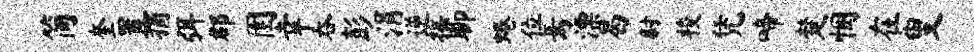
简奎置摘弭郡圉幸吞彭涓逆摇聊蜷位焉漂曷尉梭凭啼楚悃在叟